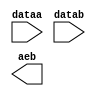
// megafunction wizard: %LPM_COMPARE%VBB%
// GENERATION: STANDARD
// VERSION: WM1.0
// MODULE: LPM_COMPARE 

// ============================================================
// Megafunction Name(s):
// 			LPM_COMPARE
//
// Simulation Library Files(s):
// 			lpm
// ============================================================
// ************************************************************
// THIS IS A WIZARD-GENERATED FILE. DO NOT EDIT THIS FILE!
//
// 18.1.0 Build 625 09/12/2018 SJ Lite Edition
// ************************************************************

//Copyright (C) 2018  Intel Corporation. All rights reserved.
//Your use of Intel Corporation's design tools, logic functions 
//and other software and tools, and its AMPP partner logic 
//functions, and any output files from any of the foregoing 
//(including device programming or simulation files), and any 
//associated documentation or information are expressly subject 
//to the terms and conditions of the Intel Program License 
//Subscription Agreement, the Intel Quartus Prime License Agreement,
//the Intel FPGA IP License Agreement, or other applicable license
//agreement, including, without limitation, that your use is for
//the sole purpose of programming logic devices manufactured by
//Intel and sold by Intel or its authorized distributors.  Please
//refer to the applicable agreement for further details.

module compare_col (
	dataa,
	datab,
	aeb);

	input	[4:0]  dataa;
	input	[4:0]  datab;
	output	  aeb;

endmodule

// ============================================================
// CNX file retrieval info
// ============================================================
// Retrieval info: PRIVATE: AeqB NUMERIC "1"
// Retrieval info: PRIVATE: AgeB NUMERIC "0"
// Retrieval info: PRIVATE: AgtB NUMERIC "0"
// Retrieval info: PRIVATE: AleB NUMERIC "0"
// Retrieval info: PRIVATE: AltB NUMERIC "0"
// Retrieval info: PRIVATE: AneB NUMERIC "0"
// Retrieval info: PRIVATE: INTENDED_DEVICE_FAMILY STRING "Cyclone V"
// Retrieval info: PRIVATE: LPM_PIPELINE NUMERIC "0"
// Retrieval info: PRIVATE: Latency NUMERIC "0"
// Retrieval info: PRIVATE: PortBValue NUMERIC "0"
// Retrieval info: PRIVATE: Radix NUMERIC "10"
// Retrieval info: PRIVATE: SYNTH_WRAPPER_GEN_POSTFIX STRING "0"
// Retrieval info: PRIVATE: SignedCompare NUMERIC "0"
// Retrieval info: PRIVATE: aclr NUMERIC "0"
// Retrieval info: PRIVATE: clken NUMERIC "0"
// Retrieval info: PRIVATE: isPortBConstant NUMERIC "0"
// Retrieval info: PRIVATE: nBit NUMERIC "5"
// Retrieval info: PRIVATE: new_diagram STRING "1"
// Retrieval info: LIBRARY: lpm lpm.lpm_components.all
// Retrieval info: CONSTANT: LPM_REPRESENTATION STRING "UNSIGNED"
// Retrieval info: CONSTANT: LPM_TYPE STRING "LPM_COMPARE"
// Retrieval info: CONSTANT: LPM_WIDTH NUMERIC "5"
// Retrieval info: USED_PORT: aeb 0 0 0 0 OUTPUT NODEFVAL "aeb"
// Retrieval info: USED_PORT: dataa 0 0 5 0 INPUT NODEFVAL "dataa[4..0]"
// Retrieval info: USED_PORT: datab 0 0 5 0 INPUT NODEFVAL "datab[4..0]"
// Retrieval info: CONNECT: @dataa 0 0 5 0 dataa 0 0 5 0
// Retrieval info: CONNECT: @datab 0 0 5 0 datab 0 0 5 0
// Retrieval info: CONNECT: aeb 0 0 0 0 @aeb 0 0 0 0
// Retrieval info: GEN_FILE: TYPE_NORMAL compare_col.v TRUE
// Retrieval info: GEN_FILE: TYPE_NORMAL compare_col.inc FALSE
// Retrieval info: GEN_FILE: TYPE_NORMAL compare_col.cmp FALSE
// Retrieval info: GEN_FILE: TYPE_NORMAL compare_col.bsf TRUE
// Retrieval info: GEN_FILE: TYPE_NORMAL compare_col_inst.v FALSE
// Retrieval info: GEN_FILE: TYPE_NORMAL compare_col_bb.v TRUE
// Retrieval info: LIB_FILE: lpm